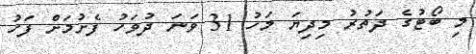
މި ބޯޓުގެ ދަތުރު މިދިޔަ މަހު 31 ވަނަ ދުވަހު ފެށުމަށް ފަހު